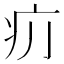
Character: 𤴮